Lunatic asylums Punjab 1895-1910 - 1895-1910
Year: 1895
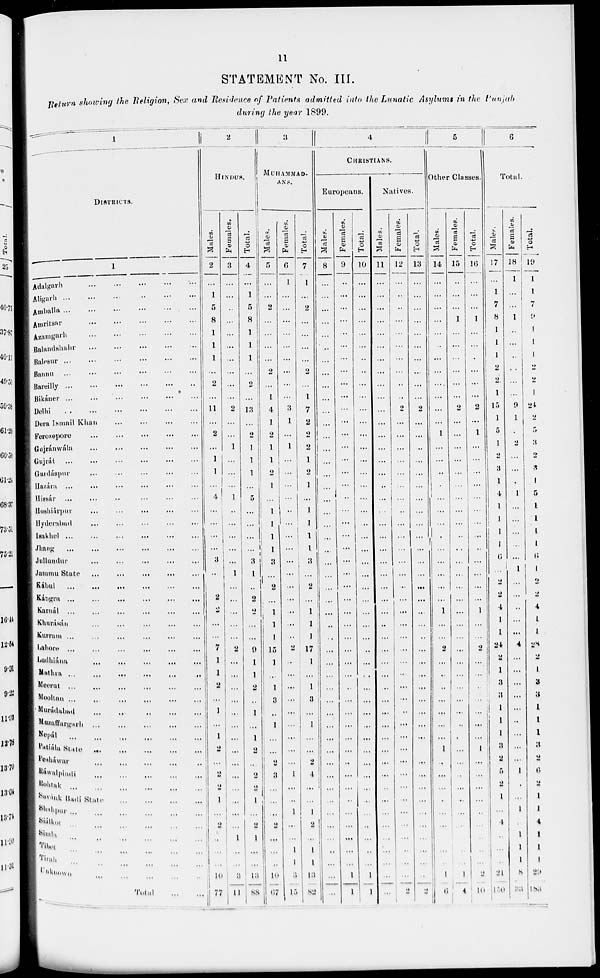
11
STATEMENT No. III.
Return showing the Religion, Sex and Residence of Patients admitted into the Lunatic Asylums in the Punjab
during the year 1899.
1
DISTRICTS.
1
Adalgarh ... ... ... ... ... ... ...
Aligarh
...
...
...
...
...
...
...
Amballa ... ... ... ... ... ... ...
Amritsar
...
...
...
...
...
...
...
Azamgarh
...
...
...
...
...
...
...
Balandshahr ... ... ... ... ... ... ...
Balesur
...
...
...
...
...
...
...
Bannu
...
...
...
...
...
...
...
Bareilly
...
...
...
...
...
...
...
Bikáner
...
...
...
...
...
...
...
Delhi ... ... ... ... ... ... ...
Dera Ismail Khan ... ... ... ... ... ... ...
Forozepore ... ... ... ... ... ... ...
Gojránwála ... ... ... ... ... ... ...
Gujráb ... ... ... ... ... ... ...
Gurdáspur ... ... ... ... ... ... ...
Hazám ... ... ... ... ... ... ...
Hissár
...
...
...
...
...
...
...
Hoshiárpur
...
...
...
...
...
...
...
Hyderabad ... ... ... ... ... ... ...
Isakhel
...
...
...
...
...
...
...
Jhung
...
...
...
...
...
...
...
Jullundur
...
...
...
...
...
...
...
Jummu State ... ... ... ... ... ... ...
Kábul
...
...
...
...
...
...
...
Kángra
...
...
...
...
...
...
...
Karnal ... ... ... ... ... ...
Khurásán
...
...
...
...
...
...
...
Kurram
...
...
...
...
...
...
...
Lahore
...
...
...
...
...
...
...
Ludhiána ... ... ... ... ... ... ...
Mathra ... ... ... ... ... ... ...
Meerut ... ... ... ...
...
...
...
Mooltan ... ... ... ...
...
...
...
Murádabad ... ... ... ... ... ... ...
Muzaffargarh ... ... ... ... ... ... ...
Nopál ... ... ... ... ... ... ...
Patiála State ... ... ... ... ... ... ...
Pehawar ... ... ... ... ... ... ...
Ráwalpindi ... ... ... ... ... ... ...
Rohtak ... ... ... ... ... ... ...
Suvánk Badi State ... ... ... ... ... ... ...
Shahpur
...
...
...
...
...
...
...
Sialkot
...
...
...
...
...
...
...
Simla ... ... ... ... ... ... ...
Tibet ... ... ... ... ... ... ...
Tirah ... ... ... ... ... ... ...
Unknown ... ... ... ... ... ... ...
Total
...
...
2
HINDUS.
Males.
2
...
1
5
8
1
1
1
...
2
...
11
...
2
...
1
1
...
4
...
...
...
...
3
...
...
2
2
...
...
7
1
1
2
...
1
...
1
2
...
2
2
1
...
2
...
...
...
10
77
Females.
3
...
...
...
...
...
...
...
...
...
...
2
...
...
1
...
...
...
1
...
...
...
...
...
1
...
...
...
...
...
2
...
...
...
...
...
...
...
...
...
...
...
...
...
...
1
...
...
3
11
Total.
4
...
1
5
8
1
1
1
...
2
...
13
...
2
1
1
1
...
5
...
...
...
...
3
1
...
2
2
...
...
9
1
1
2
...
1
...
1
2
...
2
2
1
...
2
1
...
...
13
88
3
MUHAMMAD-
ANS.
Males.
5
...
...
2
...
...
...
...
2
...
1
4
1
2
1
1
2
1
...
1
1
1
1
3
...
2
...
...
1
1
15
1
...
1
3
...
1
...
...
2
3
...
...
...
2
...
...
...
10
67
Females.
6
1
...
...
...
...
...
...
...
...
...
3
1
...
1
...
...
...
...
...
...
...
...
...
...
...
...
...
...
...
2
...
...
...
...
...
...
...
...
...
1
...
...
1
...
...
1
1
3
15
Total.
7
1
...
2
...
...
...
...
2
...
1
7
2
2
2
1
2
1
...
1
1
1
1
3
...
2
...
1
1
1
17
1
...
1
3
...
1
...
...
2
4
...
...
1
2
...
1
1
13
82
4
CHRISTIANS.
Europeans.
Males.
8
...
...
...
...
...
...
...
...
...
...
...
...
...
...
...
...
...
...
...
...
...
...
...
...
...
...
...
...
...
...
...
...
...
...
...
...
...
...
...
...
...
...
...
...
...
...
...
...
...
Females.
9
...
...
...
...
...
...
...
...
...
...
...
...
...
...
...
...
...
...
...
...
...
...
...
...
...
...
...
...
...
...
...
...
...
...
...
...
...
...
...
...
...
...
...
...
...
...
...
1
1
Total.
10
...
...
...
...
...
...
...
...
...
...
...
...
...
...
...
...
...
...
...
...
...
...
...
...
...
...
...
...
...
...
...
...
...
...
...
...
...
...
...
...
...
...
...
...
...
...
...
1
...
Natives.
Males.
11
...
...
...
...
...
...
...
...
...
...
...
...
...
...
...
...
...
...
. .
...
...
...
...
...
...
...
...
...
...
...
...
...
...
...
...
...
...
...
...
...
..
...
...
...
...
...
...
...
...
Females.
12
...
...
...
...
...
...
...
...
...
..
2
...
...
...
...
...
...
...
..
...
...
...
...
...
...
...
...
...
...
...
...
...
...
...
..
...
...
...
...
...
...
...
...
...
...
...
...
...
2
Total.
13
...
...
...
...
...
...
...
...
...
...
2
...
...
...
...
...
...
...
...
...
...
...
...
...
...
...
...
...
...
...
...
...
...
...
...
...
...
...
...
...
...
...
...
...
...
...
...
2
5
Other Classes.
Males.
14
...
...
...
...
...
...
...
...
...
...
...
...
1
...
...
...
..
...
...
...
...
...
...
...
...
...
1
...
...
2
...
...
...
...
...
...
1
...
...
...
...
...
...
...
...
...
1
6
Females.
15
...
...
...
1
...
...
...
...
...
...
2
...
...
...
...
...
...
...
...
...
..
..
...
...
...
...
...
...
...
...
...
...
...
...
...
...
...
...
...
...
...
...
...
...
...
...
...
1
4
Total.
16
...
...
...
1
...
...
...
...
...
...
2
...
1
...
...
...
...
...
...
...
...
..
...
...
...
...
1
...
2
...
...
...
...
...
...
...
1
...
...
...
...
...
...
...
...
...
.....
10
6
Total.
Males.
17
...
1
7
8
1
1
1
2
2
1
15
1
5
1
2
3
1
4
1
1
1
1
6
...
2
2
4
1
1
24
2
1
3
3
1
1
1
3
2
5
2
1
...
4
...
...
...
21
130
Females.
18
1
...
...
1
....
...
...
...
...
9
1
...
2
...
...
...
1
...
...
...
...
...
1
...
...
...
...
...
4
...
...
...
...
...
..
...
...
...
...
...
...
1
...
1
1
1
8
33
Total.
19
1
1
7
9
1
1
1
2
2
1
24
2
5
3
2
3
1
5
1
1
1
1
6
1
2
2
4
1
1
28
2
1
3
3
1
1
1
3
2
6
2
1
1
4
1
1
1
29
183